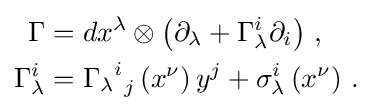
{\begin{aligned}\Gamma &=dx^{\lambda }\otimes \left(\partial _{\lambda }+\Gamma _{\lambda }^{i}\partial _{i}\right)\,,\\\Gamma _{\lambda }^{i}&={{\Gamma _{\lambda }}^{i}}_{j}\left(x^{\nu }\right)y^{j}+\sigma _{\lambda }^{i}\left(x^{\nu }\right)\,.\end{aligned}}